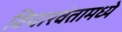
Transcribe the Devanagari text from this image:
विचारवंतामध्ये